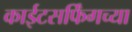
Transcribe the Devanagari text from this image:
काईटसर्फिंगच्या